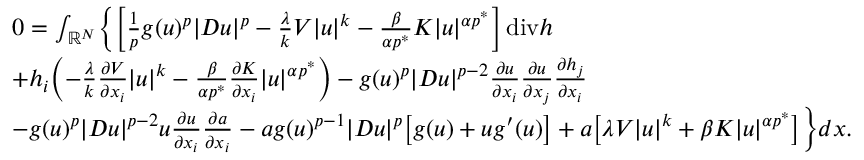
\begin{array} { r l } & { 0 = \int _ { \mathbb R ^ { N } } \biggl \{ \biggl [ \frac 1 p g ( u ) ^ { p } | D u | ^ { p } - \frac \lambda k V | u | ^ { k } - \frac { \beta } { \alpha p ^ { * } } K | u | ^ { \alpha p ^ { * } } \biggr ] \, \mathrm { d i v } h } \\ & { + h _ { i } \biggl ( - \frac { \lambda } { k } \frac { \partial V } { \partial x _ { i } } | u | ^ { k } - \frac { \beta } { \alpha p ^ { * } } \frac { \partial K } { \partial x _ { i } } | u | ^ { \alpha p ^ { * } } \biggr ) - g ( u ) ^ { p } | D u | ^ { p - 2 } \frac { \partial u } { \partial x _ { i } } \frac { \partial u } { \partial x _ { j } } \frac { \partial h _ { j } } { \partial x _ { i } } } \\ & { - g ( u ) ^ { p } | D u | ^ { p - 2 } u \frac { \partial u } { \partial x _ { i } } \frac { \partial a } { \partial x _ { i } } - a g ( u ) ^ { p - 1 } | D u | ^ { p } \bigl [ g ( u ) + u g ^ { \prime } ( u ) \bigr ] + a \bigl [ \lambda V | u | ^ { k } + \beta K | u | ^ { \alpha p ^ { * } } \bigr ] \biggr \} d x . } \end{array}